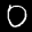
Label: 0